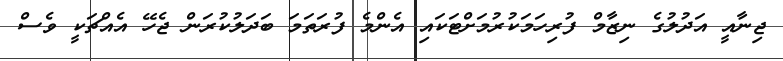
ޖިނާއީ އަދުލުގެ ނިޒާމް ފުރިހަމަކުރުމަށްޓަކައި އެންމެ ފުރަތަމަ ބަދަލުކުރަން ޖެހޭ އެއްޗަކީ ވެސް